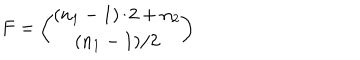
F = { \binom { ( n _ { 1 } - 1 ) / 2 + n _ { 2 } } { ( n _ { 1 } - 1 ) / 2 } }